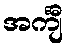
အင်္ကျီ